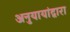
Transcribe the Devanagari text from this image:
अनुयायांद्वारा